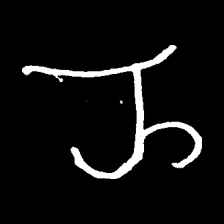
Pyu character \u2014 Myanmar letter: ည (romanized: nya)